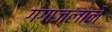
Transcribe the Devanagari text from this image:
गंगाजलाने